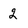
Character: 2